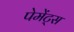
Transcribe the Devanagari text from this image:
पेमेंट्‌स